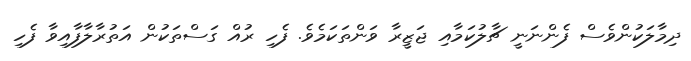
ދިމާލަކުންވެސް ފެންނަނީ ޗާލުކަމާއި ޖަޒީރާ ވަންތަކަމެވެ. ފެހި ރުއް ގަސްތަކުން އަތުރާލާފާއިވާ ފެހި